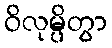
ဝိလုမ္ပိတွာ